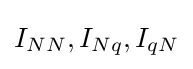
I_{NN},I_{Nq},I_{qN}